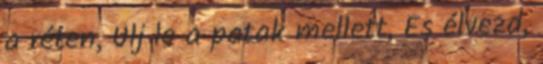
a réten, Ülj le a patak mellett, És élvezd,